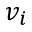
v _ { i }